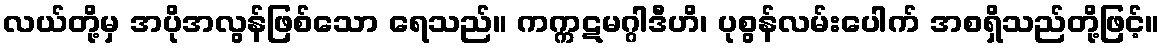
လယ်တို့မှ အပိုအလွန်ဖြစ်သော ရေသည်။ ကက္ကဋမဂ္ဂါဒီဟိ၊ ပုစွန်လမ်းပေါက် အစရှိသည်တို့ဖြင့်။